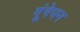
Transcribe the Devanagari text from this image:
गूंगेपन